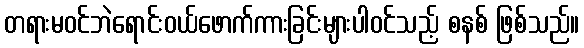
တရားမဝင်ဘဲရောင်းဝယ်ဖောက်ကားခြင်းများပါဝင်သည့် စနစ် ဖြစ်သည်။